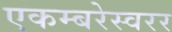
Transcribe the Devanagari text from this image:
एकम्बरेस्वरर